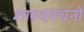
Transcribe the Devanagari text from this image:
शास्त्रवचनों